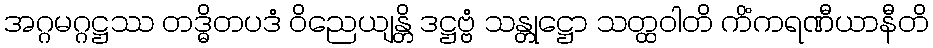
အဂ္ဂမဂ္ဂဋ္ဌဿ တဒ္ဓိတပဒံ ဝိညေယျန္တိ ဒဋ္ဌဗ္ဗံ သန္တုဋ္ဌော သတ္ထဝါတိ ကိံကရဏီယာနီတိ